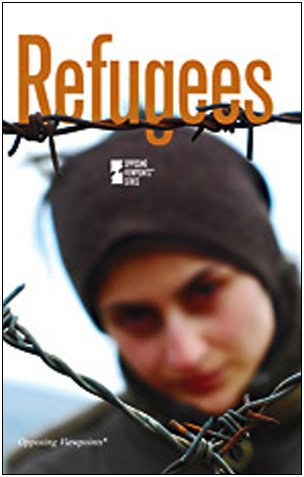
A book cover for Refugees (Opposing Viewpoints); Margaret Haerens; Teen & Young Adult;